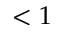
< 1